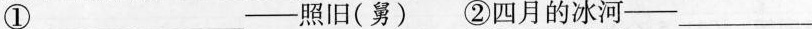
①___——照旧(舅)②四月的冰河—— ___